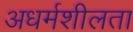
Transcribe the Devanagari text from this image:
अधर्मशीलता